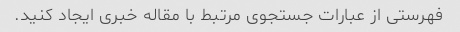
فهرستی از عبارات جستجوی مرتبط با مقاله خبری ایجاد کنید.